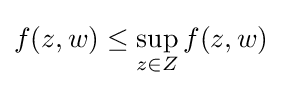
f(z,w)\leq \sup _{z\in Z}f(z,w)